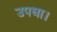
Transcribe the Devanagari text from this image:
उपधा।